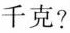
千克？